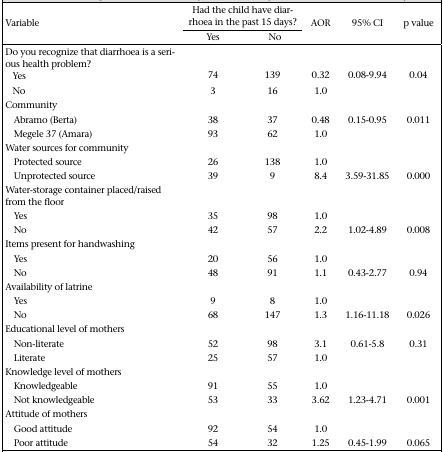
<table><thead><tr><td rowspan="2"><b>Variable</b></td><td colspan="2"><b>Had the child have diarrhoea in the past 15 days?</b></td><td rowspan="2"><b>AOR</b></td><td rowspan="2"><b>95% CI</b></td><td rowspan="2"><b>p value</b></td></tr><tr><td><b>Yes</b></td><td><b>No</b></td></tr></thead><tbody><tr><td>Do you recognize that diarrhoea is a serious health problem?</td><td></td><td></td><td></td><td></td><td></td></tr><tr><td>Yes</td><td>74</td><td>139</td><td>0.32</td><td>0.08-9.94</td><td>0.04</td></tr><tr><td>No</td><td>3</td><td>16</td><td>1.0</td><td></td><td></td></tr><tr><td>Community</td><td></td><td></td><td></td><td></td><td></td></tr><tr><td>Abramo (Berta)</td><td>38</td><td>37</td><td>0.48</td><td>0.15-0.95</td><td>0.011</td></tr><tr><td>Megele 37 (Amara)</td><td>93</td><td>62</td><td>1.0</td><td></td><td></td></tr><tr><td>Water sources for community</td><td></td><td></td><td></td><td></td><td></td></tr><tr><td>Protected source</td><td>26</td><td>138</td><td>1.0</td><td></td><td></td></tr><tr><td>Unprotected source</td><td>39</td><td>9</td><td>8.4</td><td>3.59-31.85</td><td>0.000</td></tr><tr><td>Water-storage container placed/raised from the floor</td><td></td><td></td><td></td><td></td><td></td></tr><tr><td>Yes</td><td>35</td><td>98</td><td>1.0</td><td></td><td></td></tr><tr><td>No</td><td>42</td><td>57</td><td>2.2</td><td>1.02-4.89</td><td>0.008</td></tr><tr><td>Items present for handwashing</td><td></td><td></td><td></td><td></td><td></td></tr><tr><td>Yes</td><td>20</td><td>56</td><td>1.0</td><td></td><td></td></tr><tr><td>No</td><td>48</td><td>91</td><td>1.1</td><td>0.43-2.77</td><td>0.94</td></tr><tr><td>Availability of latrine</td><td></td><td></td><td></td><td></td><td></td></tr><tr><td>Yes</td><td>9</td><td>8</td><td>1.0</td><td></td><td></td></tr><tr><td>No</td><td>68</td><td>147</td><td>1.3</td><td>1.16-11.18</td><td>0.026</td></tr><tr><td>Educational level of mothers</td><td></td><td></td><td></td><td></td><td></td></tr><tr><td>Non-literate</td><td>52</td><td>98</td><td>3.1</td><td>0.61-5.8</td><td>0.31</td></tr><tr><td>Literate</td><td>25</td><td>57</td><td>1.0</td><td></td><td></td></tr><tr><td>Knowledge level of mothers</td><td></td><td></td><td></td><td></td><td></td></tr><tr><td>Knowledgeable</td><td>91</td><td>55</td><td>1.0</td><td></td><td></td></tr><tr><td>Not knowledgeable</td><td>53</td><td>33</td><td>3.62</td><td>1.23-4.71</td><td>0.001</td></tr><tr><td>Attitude of mothers</td><td></td><td></td><td></td><td></td><td></td></tr><tr><td>Good attitude</td><td>92</td><td>54</td><td>1.0</td><td></td><td></td></tr><tr><td>Poor attitude</td><td>54</td><td>32</td><td>1.25</td><td>0.45-1.99</td><td>0.065</td></tr></tbody></table>